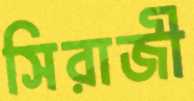
সিরাজী